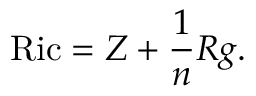
\operatorname { R i c } = Z + { \frac { 1 } { n } } R g .